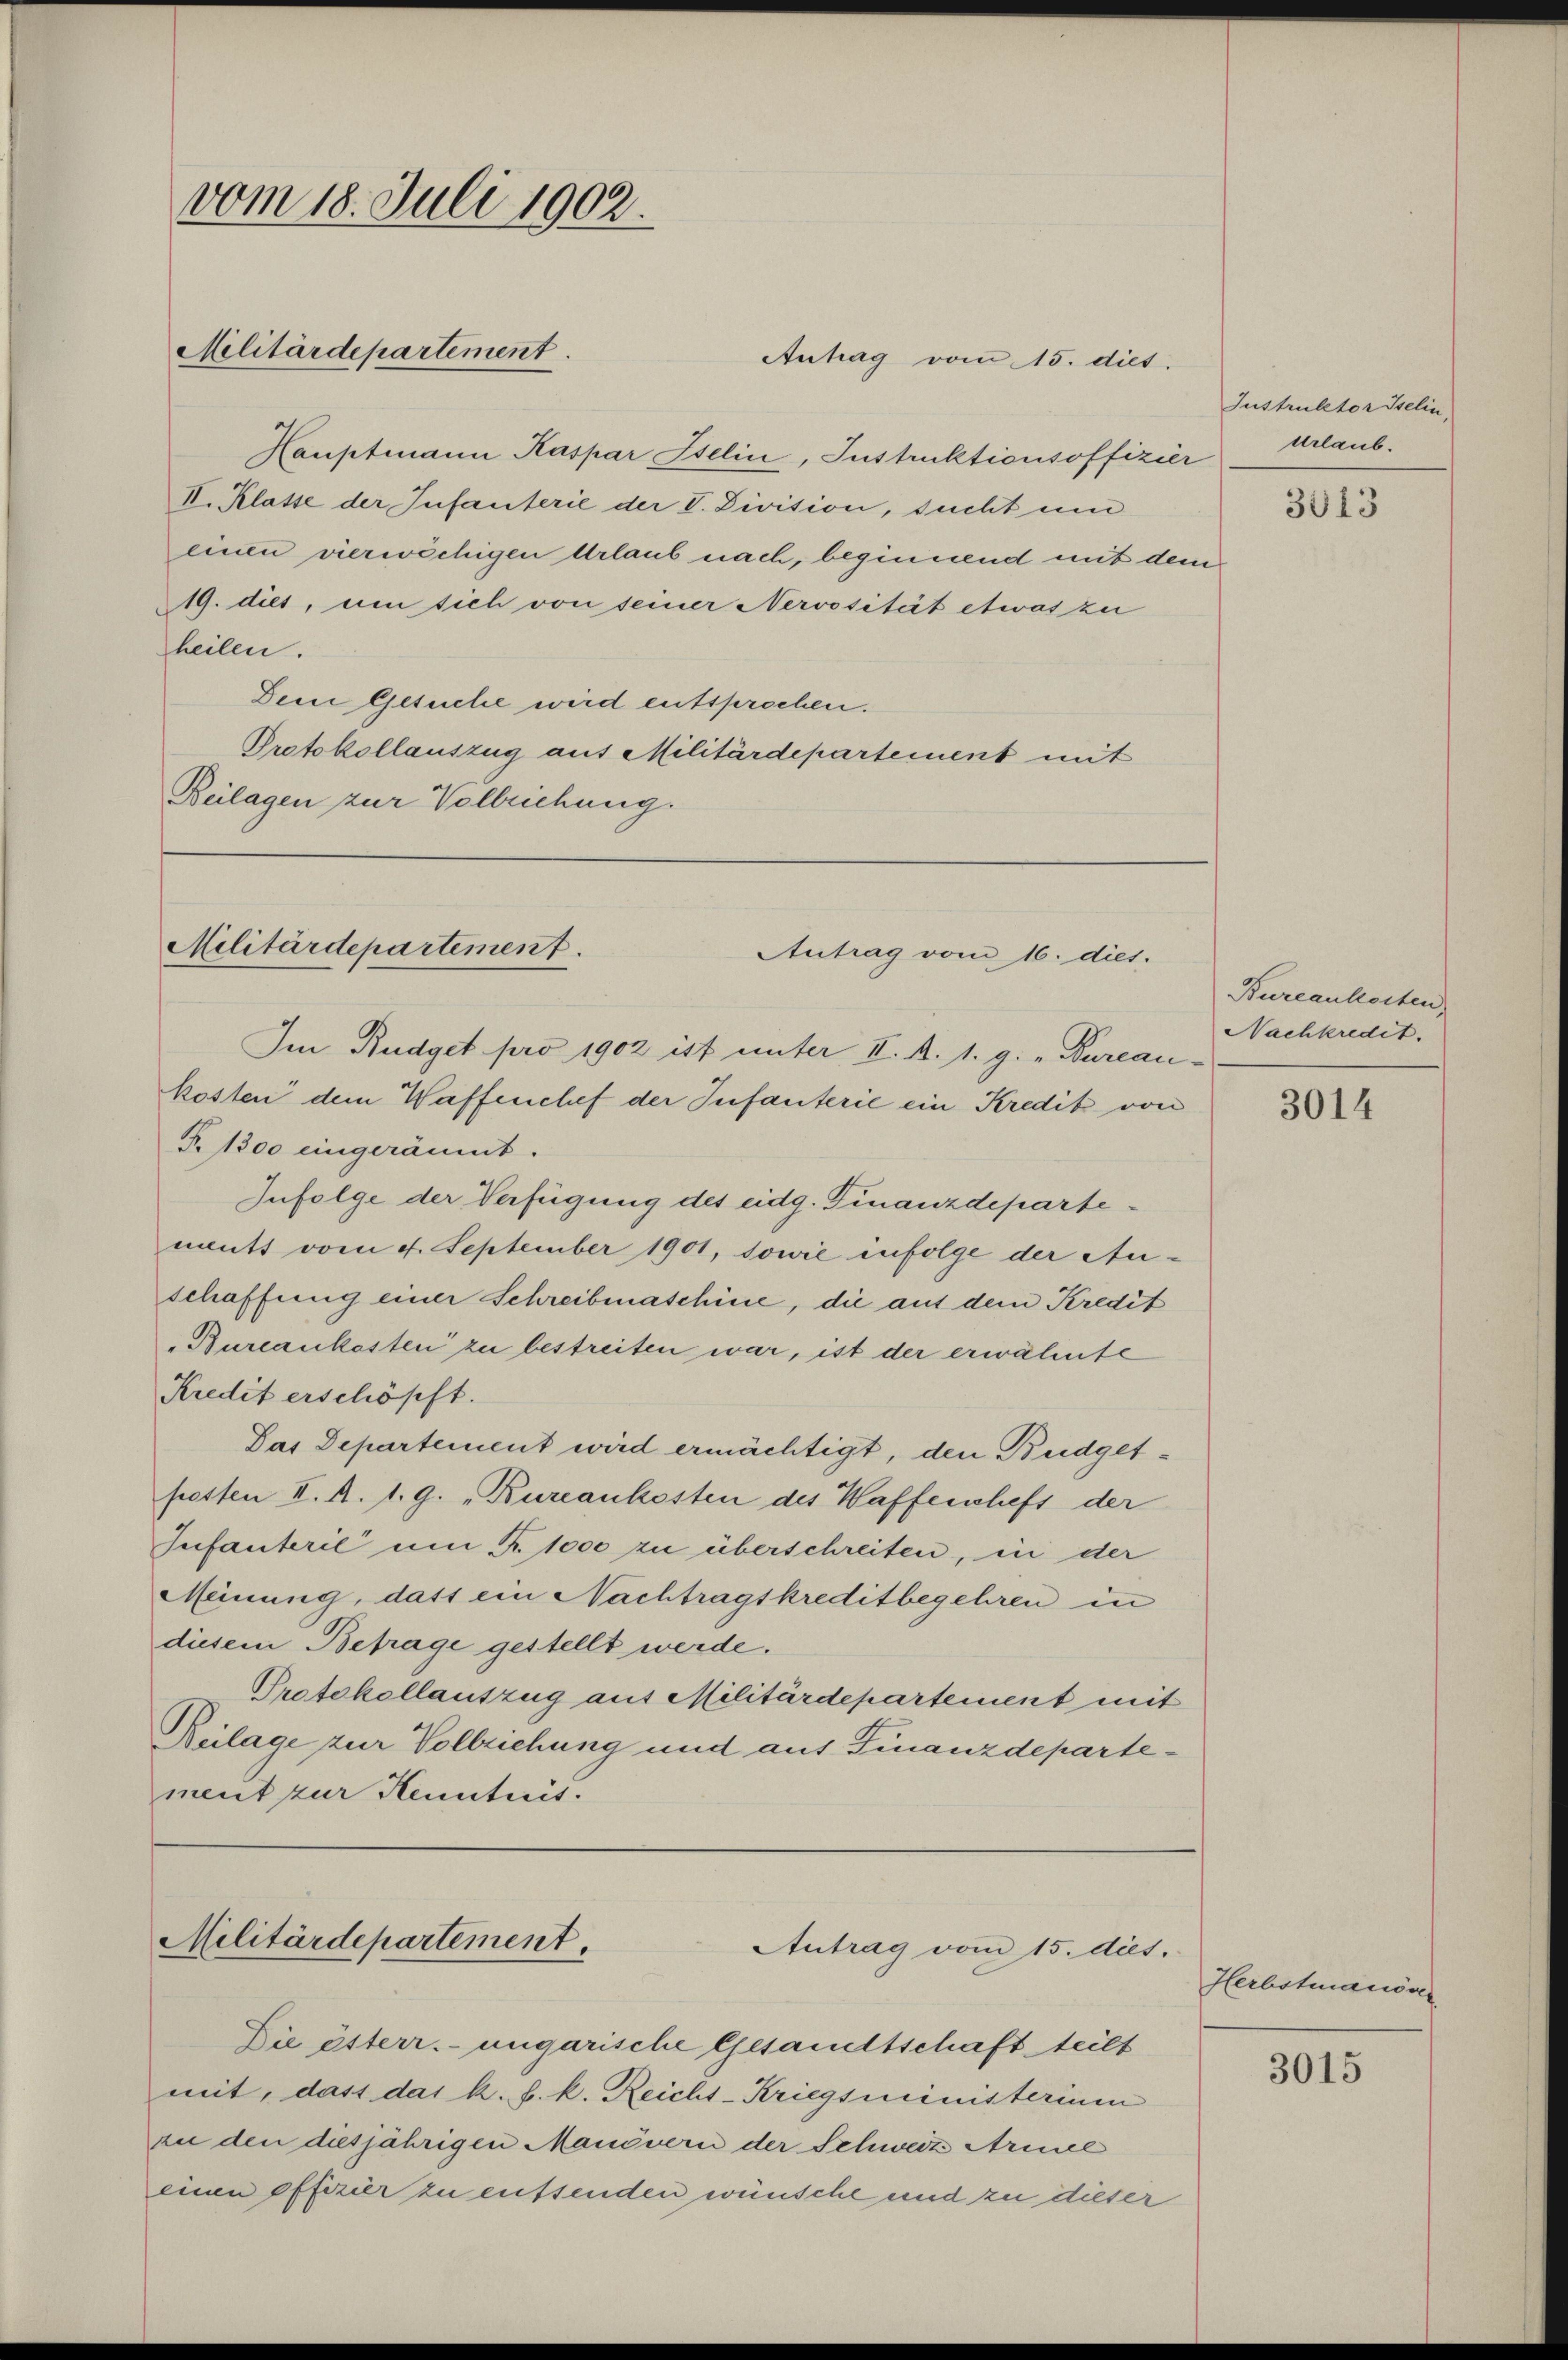
Hauptmann Kaspar Iselin, Instruktionsoffizier Urlaub.
II. Klatte der Infanterie der V. Division, sucht um
einen vierwächigen Urlaub nach, beginnend mit dem
19. dies, um sich von seiner Nervosität etwas zu
heilen.
Dein Gesuche wird entsprochen.
Protokollauszug aus Militärdepartement mit
Beilagen zur Vollziehung.

vom 18. Juli 1902.
Militärdepartement.

Antrag vom 15. diet.

Militärdepartement
Antrag vom 16. dies.

Im Budget pro 1902 ist unter II. A. 1. g. „Bureau-
kosten dem Waffenchef der Infanterie ein Kredit von
T. 1300 eingeräumt.
Infolge der Verfügung des eidg. Finanzdepartemutt vom 4. September 1901, sowie infolge der Au-
schaffung einer Schreibmaschine, die auf dem Kredit
Bureaukosten zu bestreiten war, ist der erwähnte
Kredit erschöpft.
Das Departement wird ermächtigt, den Budgethesten II. A. 1. 9. „Bureaukosten des Waffenschefs der
Infanteril um R. 1000 zu überschreiten, in der
Meinung, dass ein Nachtragskreditbegehren in
diesem Betrage gestellt werde.
Protokollauszug aus Militärdepartement mit
Beilage zur Vollziehung und auf Finanzdepartement zur Kenntnis.

Militärdepartement.
Antrag vom 15. dies.

Die österr. ungarische Gesandtschaft teilt
mit, dass das k. k. k. Reicht-Kriegsministerium
zu den diesjährigen Manövern der Schweize Armel
einen offerier zu entsenden wünsche und zu dieser

Instruktor Iselin,

3013

Bureaukosten
Nachkredit.

3014

Herbstmanöver

3015